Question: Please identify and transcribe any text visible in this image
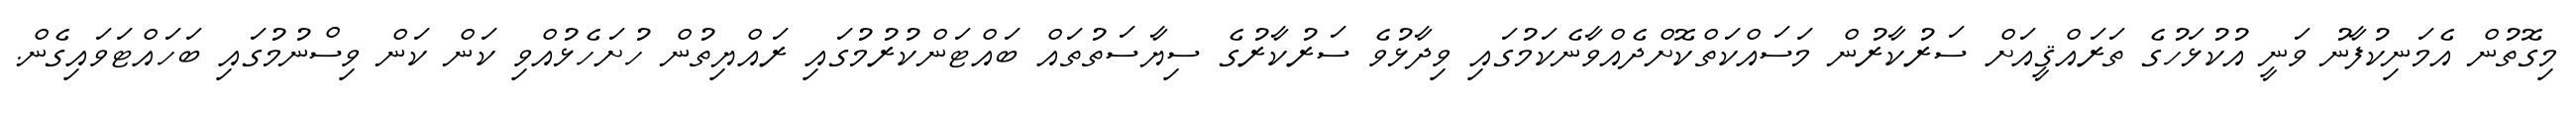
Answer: މިގޮތުން އެމަނިކުފާނު ވަނީ އުކުޅަހުގެ ތަރައްޤީއަށް ސަރުކާރުން މަސައްކަތްކޮށްދެއްވާނެކަމުގައި ވިދާޅުވެ ސަރުކާރުގެ ސިޔާސަތުތައް ބައްޓަންކުރުމުގައި ރައްޔިތުން ހުށަހެޅުއްވި ކަން ކަން ވިސްނުމުގައި ބަހައްޓަވައިގެން.